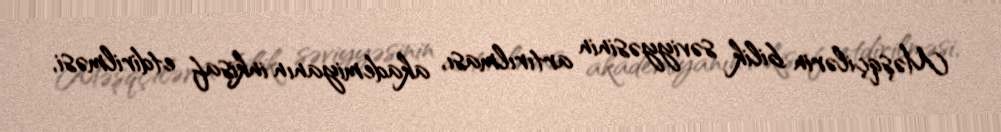
Məşqçilərin bilik səviyyəsinin artırılması, akademiyanın inkişaf etdirilməsi,